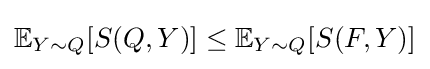
\mathbb {E} _{Y\sim Q}[S(Q,Y)]\leq \mathbb {E} _{Y\sim Q}[S(F,Y)]